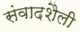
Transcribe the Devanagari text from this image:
संवादशैली